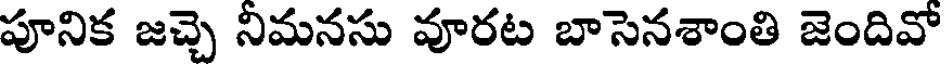
పూనిక జచ్చె నిమనసు వూరట బాసెనశాంతి జెందివో